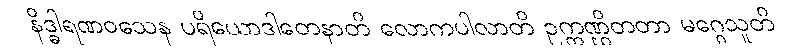
နိဒ္ဓါရဏဝသေန ပရိယောဒါတေနာတိ လောကပါလာတိ ဥက္ကဏ္ဌိတတာ မဂ္ဂေသူတိ